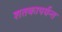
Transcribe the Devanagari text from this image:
शतकापर्यन्त